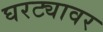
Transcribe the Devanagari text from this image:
घरट्यावर